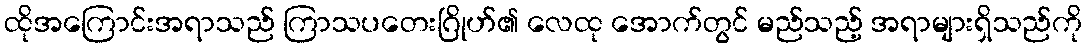
ထိုအကြောင်းအရာသည် ကြာသပတေးဂြိုဟ်၏ လေထု အောက်တွင် မည်သည့် အရာများရှိသည်ကို